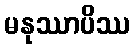
မနုဿာပိဿ